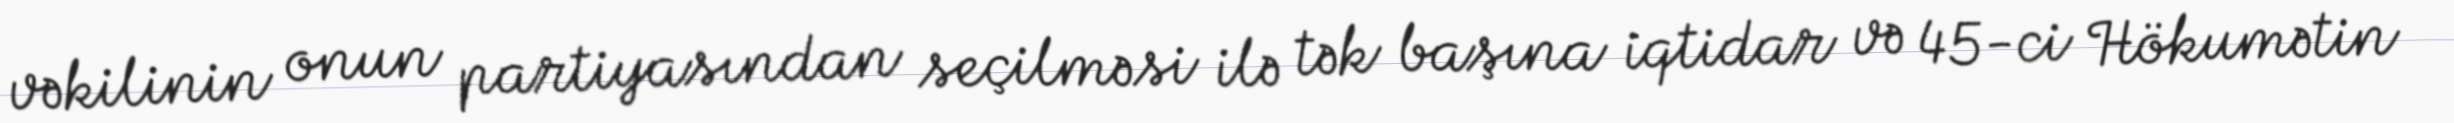
vəkilinin onun partiyasından seçilməsi ilə tək başına iqtidar və 45-ci Hökumətin